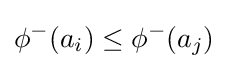
\phi ^{-}(a_{i})\leq \phi ^{-}(a_{j})